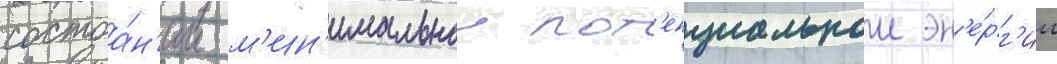
состоа́н'ии м'ин'имальнои пот'енциальнои эн'е́рг'ии